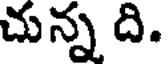
చున్న ది.